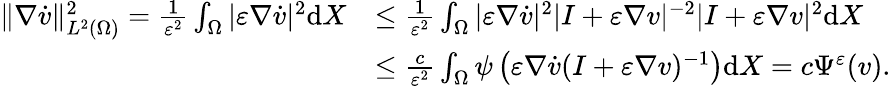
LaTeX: \begin{array}{rl}{\| \nabla\dot{v}\| _{L^{2}(\Omega)}^{2}=\frac{1}{\varepsilon^{2}}\int_{\Omega}|\varepsilon\nabla\dot{v}|^{2}\mathrm{d}X}&{\leq\frac{1}{\varepsilon^{2}}\int_{\Omega}|\varepsilon\nabla\dot{v}|^{2}|I+\varepsilon\nabla v|^{-2}|I+\varepsilon\nabla v|^{2}\mathrm{d}X}\\ &{\leq\frac{c}{\varepsilon^{2}}\int_{\Omega}\psi\left(\varepsilon\nabla\dot{v}(I+\varepsilon\nabla v)^{-1}\right)\mathrm{d}X=c\Psi^{\varepsilon}(v).}\end{array}